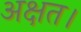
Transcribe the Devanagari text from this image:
अक्षत।